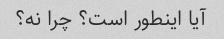
آیا اینطور است؟ چرا نه؟